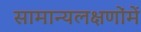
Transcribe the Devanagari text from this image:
सामान्यलक्षणोंमें